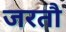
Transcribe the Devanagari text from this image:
जरतौ